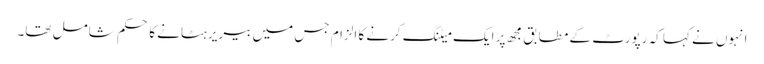
انہوں نے کہا کہ رپورٹ کے مطابق مجھ پر ایک میٹنگ کرنے کا الزام جس میں بیریر ہٹانے کا حکم شامل تھا۔